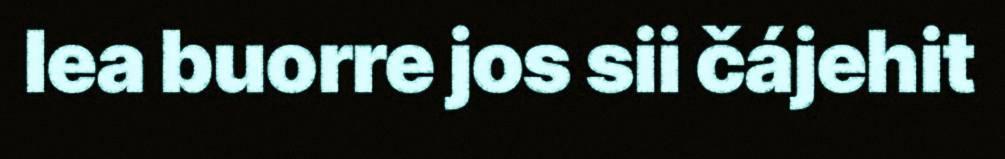
lea buorre jos sii čájehit